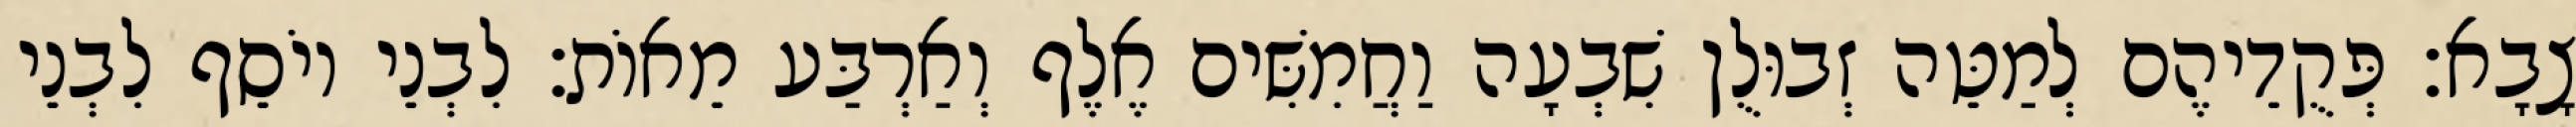
צָבָא׃ פְּקֻדֵיהֶם לְמַטֵּה זְבוּלֻן שִׁבְעָה וַחֲמִשִּׁים אֶלֶף וְאַרְבַּע מֵאוֹת׃ לִבְנֵי יוֹסֵף לִבְנֵי